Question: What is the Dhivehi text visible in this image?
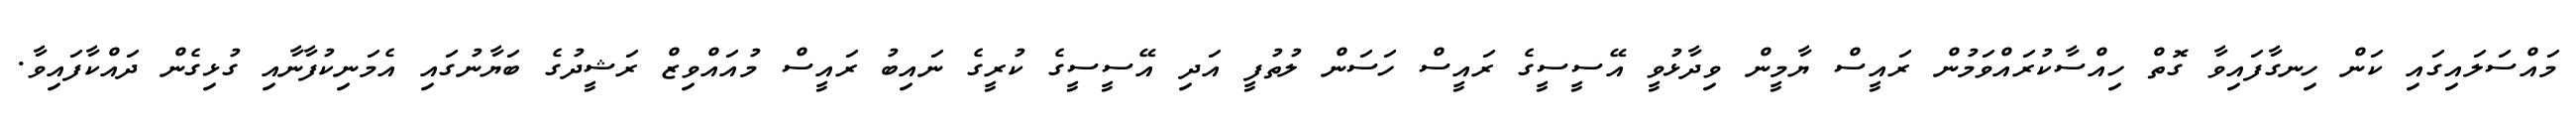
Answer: މައްސަލައިގައި ކަން ހިނގާފައިވާ ގޮތް ހިއްސާކުރައްވަމުން ރައީސް ޔާމީން ވިދާޅުވީ އޭސީސީގެ ރައީސް ހަސަން ލުތުފީ އަދި އޭސީސީގެ ކުރީގެ ނައިބު ރައީސް މުއައްވިޒް ރަޝީދުގެ ބަޔާނުގައި އެމަނިކުފާނާއި ގުޅިގެން ދައްކާފައިވާ.